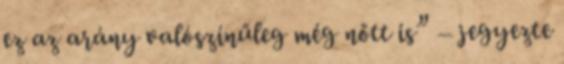
ez az arány valószínűleg még nőtt is” – jegyezte